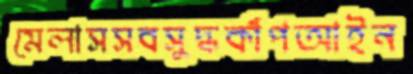
মেলাসসবসুদ্ধকাঁপআইন